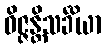
ဝိဇ္ဇန္တိသင်္ခိယာ